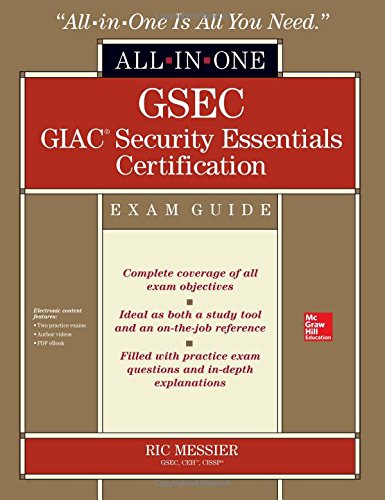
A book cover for GSEC GIAC Security Essentials Certification All-in-One Exam Guide; Ric Messier; Computers & Technology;